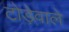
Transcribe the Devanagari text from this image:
टोड़ेवाले